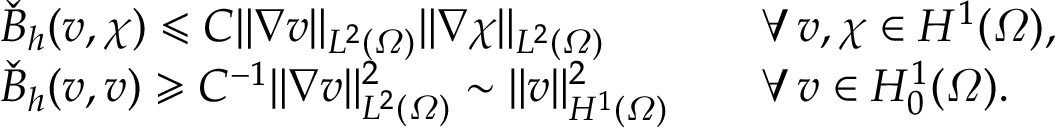
\begin{array} { r } { \begin{array} { r l r l } & { \check { B } _ { h } ( v , \chi ) \leqslant C \| \nabla v \| _ { L ^ { 2 } ( \varOmega ) } \| \nabla \chi \| _ { L ^ { 2 } ( \varOmega ) } } & & { \forall \, v , \chi \in H ^ { 1 } ( \varOmega ) , } \\ & { \check { B } _ { h } ( v , v ) \geqslant C ^ { - 1 } \| \nabla v \| _ { L ^ { 2 } ( \varOmega ) } ^ { 2 } \sim \| v \| _ { H ^ { 1 } ( \varOmega ) } ^ { 2 } } & & { \forall \, v \in H _ { 0 } ^ { 1 } ( \varOmega ) . } \end{array} } \end{array}